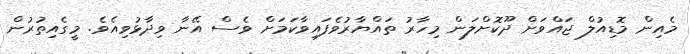
މެއިން މޮޑިއުލް ޖައްވަށް ދޫކޮށްލަން މިހާރު ތައްޔާރުވެފައިވާކަމަށް ވެސް އޭނާ ވިދާޅުވިއެވެ. މީގެއިތުރުން